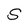
Character: S